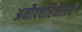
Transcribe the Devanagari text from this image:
अनौपचारिकरीत्या